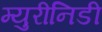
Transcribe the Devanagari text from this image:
म्युरीनिडी